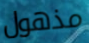
مذهول